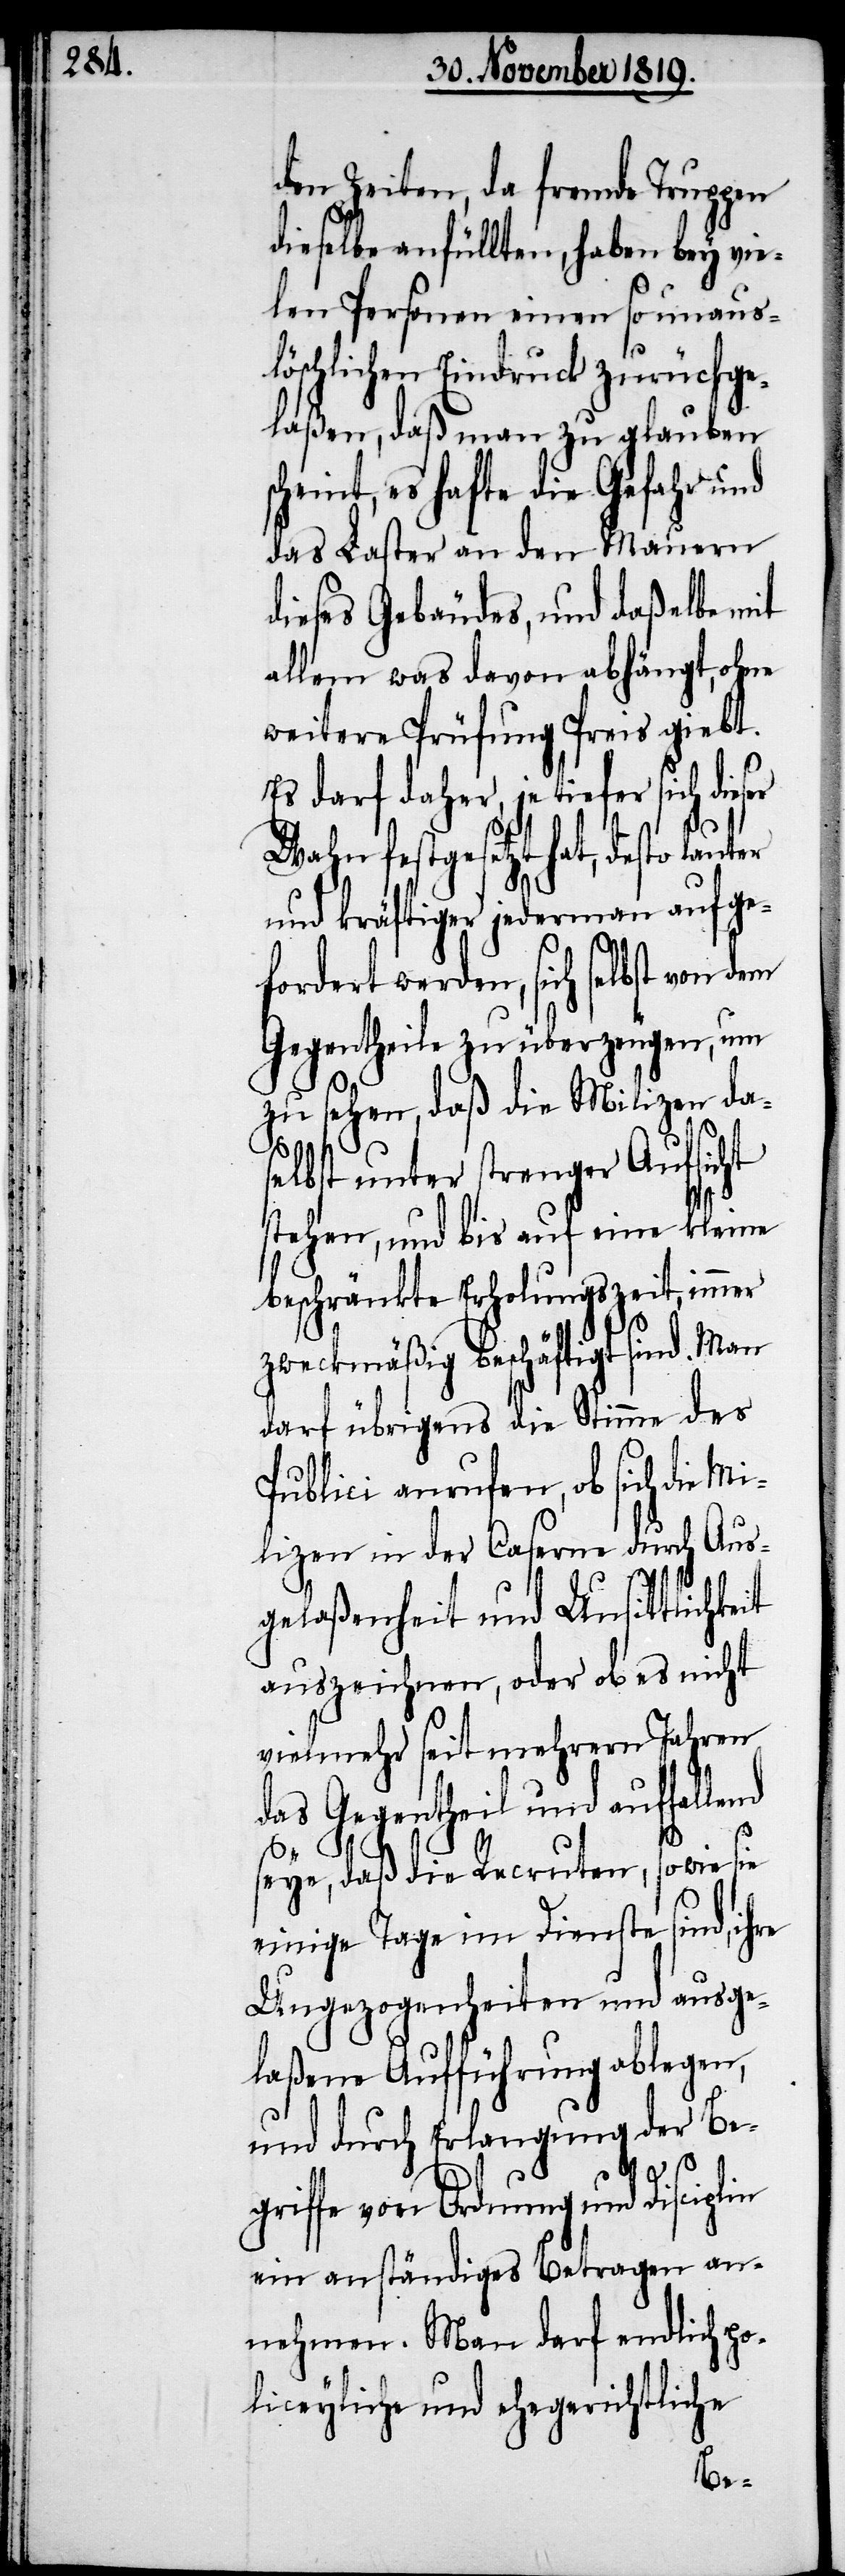
den Zeiten, da fremde Truppen
dieselbe anfüllten, haben bey vie¬
len Personen einen so unaus¬
löschlichen Eindruck zurückge¬
laßen, daß man zu glauben
cheint, es hafte die Gefahr und
das Laster an den Mauern
dieses Gebäudes, und daßelbe mit
allem was davon abhängt, ohne
weitere Prüfung Preis giebt.
Es darf daher, je tiefer sich dieser
Wahn festgesetzt hat, desto laut¬
und kräftiger jederman aufge¬
fordert werden, sich selbst von dem
Gegentheile zu überzeugen, um
zu sehen, daß die Milizen das¬
elbst unter strenger Aufsicht
stehen, und bis auf eine kleine
beschränkte Erholungszeit, immer
zweckmäßig beschäftigt sind. Man
darf übrigens die Stimme des
Publici anrufen, ob sich die Mi¬
lizen in der Caserne durch Aus¬
gelaßenheit und Unsittlichkeit
auszeichnen, oder ob es nicht
vielmehr seit mehrern Jahren
das Gegentheil und auffallend
plin
seye, daß die Recruten, so wie sie
einige Tage im Dienste sind, ihre
Ungezogenheiten und ausge¬
laßene Aufführung ablegen,
und durch Erlangung der Be¬
griffe von Ordnung und Disci¬
ein anständiges Betragen an¬
nehmen. Man darf endlich po¬
liceyliche und ehegerichtliche